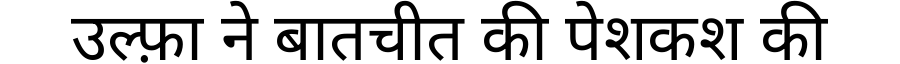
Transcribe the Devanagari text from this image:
उल्फ़ा ने बातचीत की पेशकश की